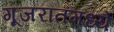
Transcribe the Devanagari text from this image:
गूजरातमध्ये